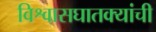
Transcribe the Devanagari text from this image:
विश्वासघातक्यांची